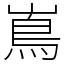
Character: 嶌